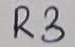
Text: R3